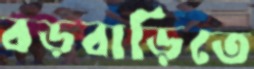
বড়বাড়িতে